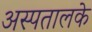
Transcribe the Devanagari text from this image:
अस्पतालके